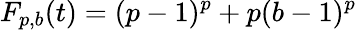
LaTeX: F_{p,b}(t)=(p-1)^{p}+p(b-1)^{p}